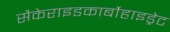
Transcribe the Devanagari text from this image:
सैकेराइडकार्बोहाइड्रेट